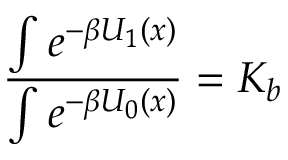
\frac { \int e ^ { - \beta U _ { 1 } ( x ) } } { \int e ^ { - \beta U _ { 0 } ( x ) } } = K _ { b }